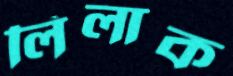
লিলাক